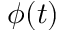
\phi ( t )